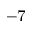
^ { - 7 }